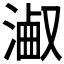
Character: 𣻋